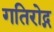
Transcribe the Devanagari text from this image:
गतिरोद्ग